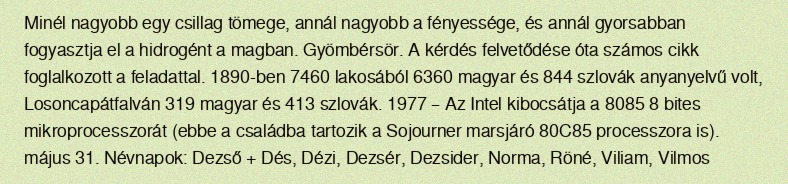
Minél nagyobb egy csillag tömege, annál nagyobb a fényessége, és annál gyorsabban fogyasztja el a hidrogént a magban. Gyömbérsör. A kérdés felvetődése óta számos cikk foglalkozott a feladattal. 1890-ben 7460 lakosából 6360 magyar és 844 szlovák anyanyelvű volt, Losoncapátfalván 319 magyar és 413 szlovák. 1977 – Az Intel kibocsátja a 8085 8 bites mikroprocesszorát (ebbe a családba tartozik a Sojourner marsjáró 80C85 processzora is). május 31. Névnapok: Dezső + Dés, Dézi, Dezsér, Dezsider, Norma, Röné, Viliam, Vilmos